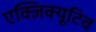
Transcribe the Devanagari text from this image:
एक्ज़िक्यूटिव